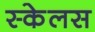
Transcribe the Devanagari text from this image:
स्केलस